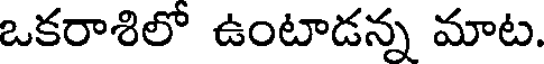
ఒకరాశిలో ఉంటాడన్న మాట.